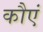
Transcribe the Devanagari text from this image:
कौएं